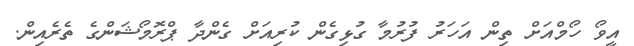
އީވޯ ހޯމްއަށް ތިން އަހަރު ފުރުމާ ގުޅިގެން ކުރިއަށް ގެންދާ ޕްރޮމޯޝަންގެ ތެރެއިން.